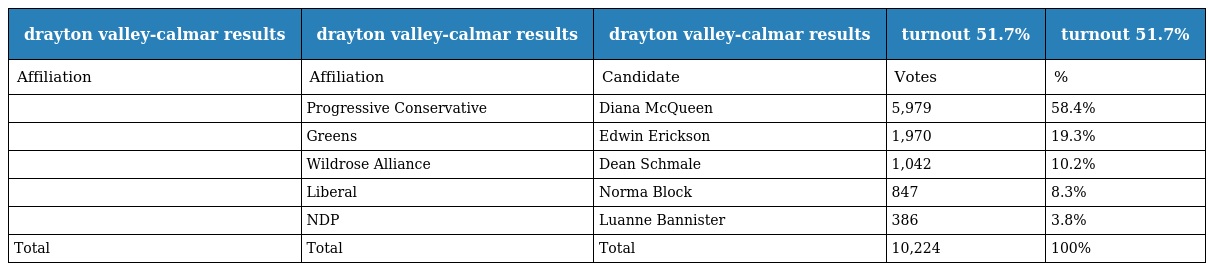
| drayton valley-calmar results | drayton valley-calmar results | drayton valley-calmar results | turnout 51.7% | turnout 51.7% |
 | --- | --- | --- | --- | --- |
 | Affiliation | Affiliation | Candidate | Votes | % |
 |  | Progressive Conservative | Diana McQueen | 5,979 | 58.4% |
 |  | Greens | Edwin Erickson | 1,970 | 19.3% |
 |  | Wildrose Alliance | Dean Schmale | 1,042 | 10.2% |
 |  | Liberal | Norma Block | 847 | 8.3% |
 |  | NDP | Luanne Bannister | 386 | 3.8% |
 | Total | Total | Total | 10,224 | 100% |